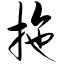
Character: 拖